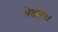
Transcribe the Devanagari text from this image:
भेट्यो।।